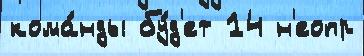
кома́нды бу́д'ет 14 н'еопр